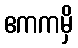
ဧကကမှိ